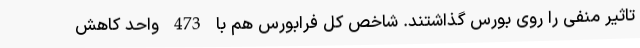
تاثیر منفی را روی بورس گذاشتند. شاخص کل فرابورس هم با 473 واحد کاهش